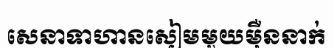
សេនាទាហានសៀមមួយម៉ឺននាក់